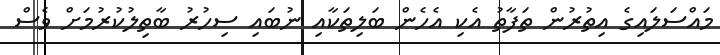
މައްސަލައިގެ އިތުރުން ތަފާތު އެކި އެހެން ބަލިތަކާއި ނުބައި ސިހުރު ބާތިލުކުރުމަށް ވެސް